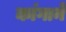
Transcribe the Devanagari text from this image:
कांगाने